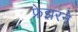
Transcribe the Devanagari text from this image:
फ्रेझरने